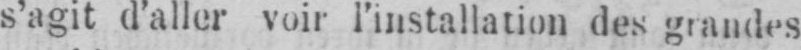
s’agit d’aller voir l’installation des grandes